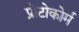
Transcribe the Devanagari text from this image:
प्रोटोकोर्म